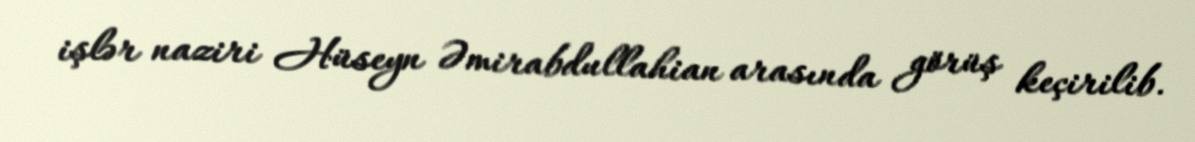
işlər naziri Hüseyn Əmirabdullahian arasında görüş keçirilib.